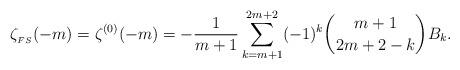
LaTeX: \begin{align*} \zeta_{{}_{FS}}(-m)= \zeta^{(0)}(-m)=-\frac{1}{m+1}\sum_{k=m+1}^{2m+2}(-1)^k \binom{m+1}{2m+2-k}B_k.\end{align*}